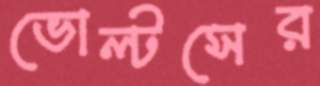
ভোল্টসের